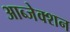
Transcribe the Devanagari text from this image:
आब्जेक्शन